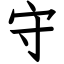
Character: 守